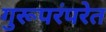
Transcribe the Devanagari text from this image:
गुरूपरंपरेत